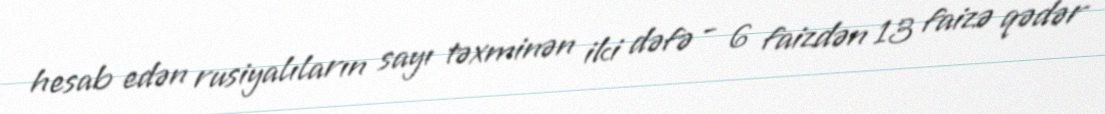
hesab edən rusiyalıların sayı təxminən iki dəfə - 6 faizdən 13 faizə qədər